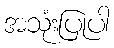
အသုံးပြုပါ